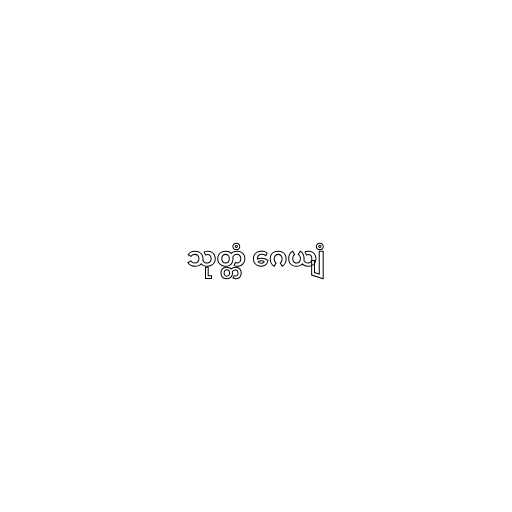
သုတ္တံ ဂေယျံ